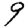
Digit: 9